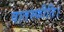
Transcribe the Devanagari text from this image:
वातस्फीति।